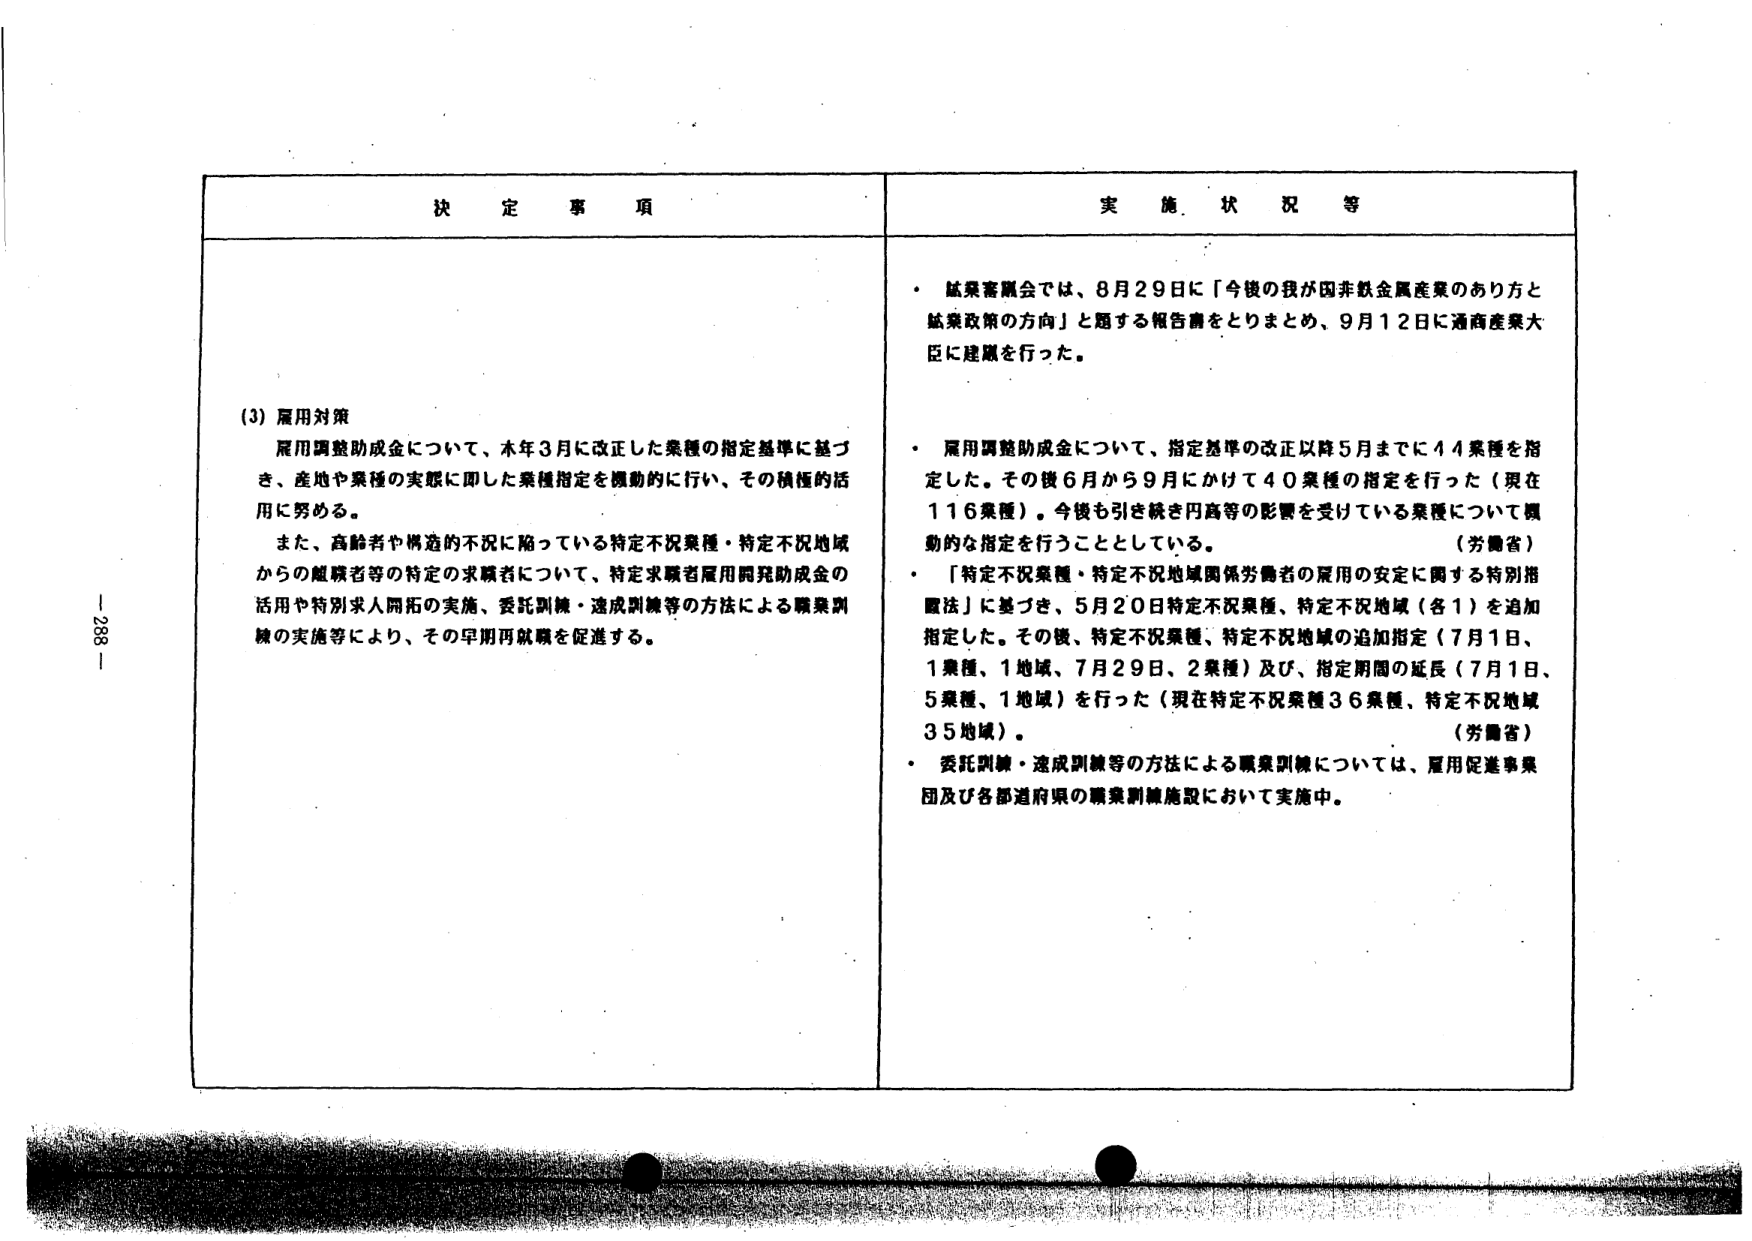
決定事項

(3) 雇用対策
雇用調整助成金について、本年3月に改正した業種の指定基準に基づき、産地や業種の実態に即した業種指定を機動的に行い、その積極的活用に努める。
また、高齢者や構造的不況に陥っている特定不況業種・特定不況地域からの離職者等の特定の求職者について、特定求職者雇用開発助成金の活用や特別求人開拓の実施、委託訓練・速成訓練等の方法による職業訓練の実施等により、その早期再就職を促進する。

実施状況等

・ 鉱業審議会では、8月29日に「今後の我が国非鉄金属産業のあり方と鉱業政策の方向」と題する報告書をとりまとめ、9月12日に通商産業大臣に建議を行った。

・ 雇用調整助成金について、指定基準の改正以降5月までに44業種を指定した。その後6月から9月にかけて40業種の指定を行った（現在116業種）。今後も引き続き円高等の影響を受けている業種について機動的な指定を行うこととしている。
（労働省）

・ 「特定不況業種・特定不況地域関係労働者の雇用の安定に関する特別措置法」に基づき、5月20日特定不況業種、特定不況地域（各1）を追加指定した。その後、特定不況業種、特定不況地域の追加指定（7月1日、1業種、1地域、7月29日、2業種）及び、指定期間の延長（7月1日、5業種、1地域）を行った（現在特定不況業種36業種、特定不況地域35地域）。
（労働省）

・ 委託訓練・速成訓練等の方法による職業訓練については、雇用促進事業団及び各都道府県の職業訓練施設において実施中。